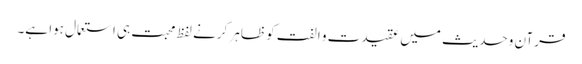
قرآن وحدیث میں عقیدت و الفت کو ظاہر کرنے لفظ محبت ہی استعمال ہوا ہے۔